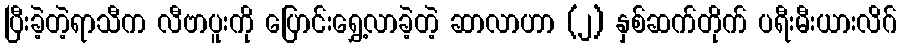
ပြီးခဲ့တဲ့ရာသီက လီဗာပူးကို ပြောင်းရွှေ့လာခဲ့တဲ့ ဆာလာဟာ (၂) နှစ်ဆက်တိုက် ပရီးမီးယားလိဂ်